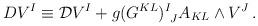
LaTeX: \begin{align*}DV^I\equiv {\cal D} V^I+g(G^{KL})^I_{~J}A_{KL}\wedge V^J\,.\end{align*}